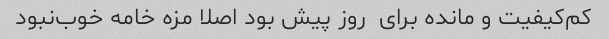
کم‌کیفیت‌ و مانده برای  روز پیش بود اصلا مزه خامه خوب‌نبود